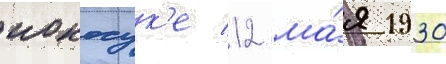
иокосук'е 12 ма́я 1930